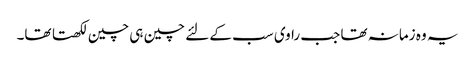
یہ وہ زمانہ تھا جب راوی سب کے لئے چین ہی چین لکھتا تھا۔